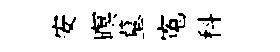
安暝墓寃科